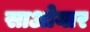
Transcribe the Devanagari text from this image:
साओयार